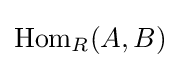
{\text{Hom}}_{R}(A,B)